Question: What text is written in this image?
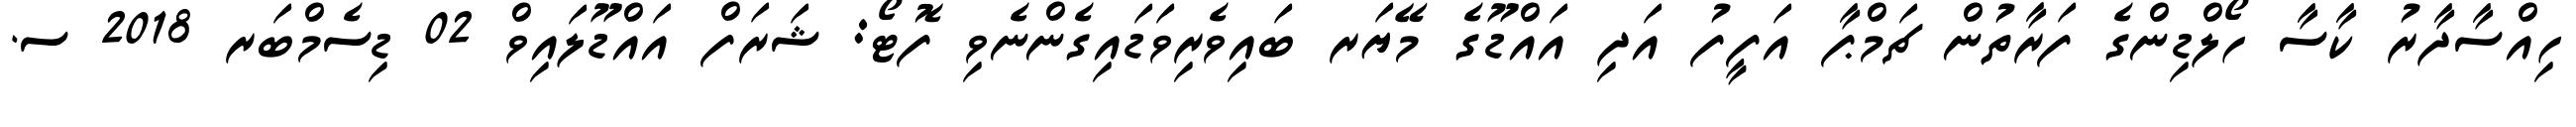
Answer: ހިއްސާދާރު ކާސާ ހޯލްޑިންގެ ފަރާތުން ޗަމްޕާ އަފީފު އަދި އައްޑޫގެ މޭޔަރ ބައިވެރިވަޑައިގެންނެވި ފޮޓޯ: ޝަރަފް އައްޑޫލައިވް 02 ޑިސެމްބަރ 2018 ސ.